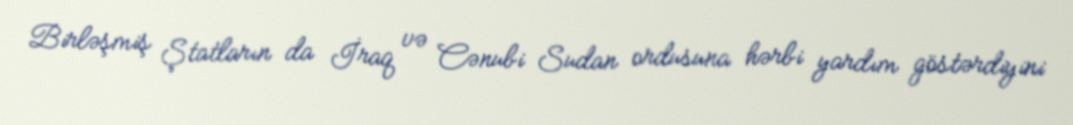
Birləşmiş Ştatların da İraq və Cənubi Sudan ordusuna hərbi yardım göstərdiyini